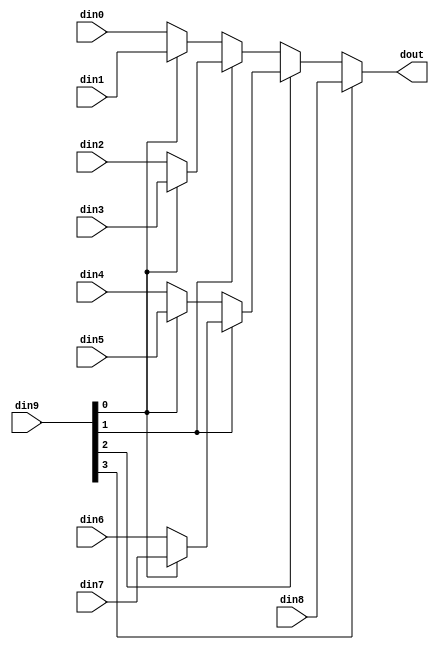
// ==============================================================
// Vivado(TM) HLS - High-Level Synthesis from C, C++ and SystemC v2020.1 (64-bit)
// Copyright 1986-2020 Xilinx, Inc. All Rights Reserved.
// ==============================================================

`timescale 1ns/1ps

module StreamingFCLayer_Batch_0_StreamingFCLayer_eOg #(
parameter
    ID                = 0,
    NUM_STAGE         = 1,
    din0_WIDTH       = 32,
    din1_WIDTH       = 32,
    din2_WIDTH       = 32,
    din3_WIDTH       = 32,
    din4_WIDTH       = 32,
    din5_WIDTH       = 32,
    din6_WIDTH       = 32,
    din7_WIDTH       = 32,
    din8_WIDTH       = 32,
    din9_WIDTH         = 32,
    dout_WIDTH            = 32
)(
    input  [7 : 0]     din0,
    input  [7 : 0]     din1,
    input  [7 : 0]     din2,
    input  [7 : 0]     din3,
    input  [7 : 0]     din4,
    input  [7 : 0]     din5,
    input  [7 : 0]     din6,
    input  [7 : 0]     din7,
    input  [7 : 0]     din8,
    input  [3 : 0]    din9,
    output [7 : 0]   dout);

// puts internal signals
wire [3 : 0]     sel;
// level 1 signals
wire [7 : 0]         mux_1_0;
wire [7 : 0]         mux_1_1;
wire [7 : 0]         mux_1_2;
wire [7 : 0]         mux_1_3;
wire [7 : 0]         mux_1_4;
// level 2 signals
wire [7 : 0]         mux_2_0;
wire [7 : 0]         mux_2_1;
wire [7 : 0]         mux_2_2;
// level 3 signals
wire [7 : 0]         mux_3_0;
wire [7 : 0]         mux_3_1;
// level 4 signals
wire [7 : 0]         mux_4_0;

assign sel = din9;

// Generate level 1 logic
assign mux_1_0 = (sel[0] == 0)? din0 : din1;
assign mux_1_1 = (sel[0] == 0)? din2 : din3;
assign mux_1_2 = (sel[0] == 0)? din4 : din5;
assign mux_1_3 = (sel[0] == 0)? din6 : din7;
assign mux_1_4 = din8;

// Generate level 2 logic
assign mux_2_0 = (sel[1] == 0)? mux_1_0 : mux_1_1;
assign mux_2_1 = (sel[1] == 0)? mux_1_2 : mux_1_3;
assign mux_2_2 = mux_1_4;

// Generate level 3 logic
assign mux_3_0 = (sel[2] == 0)? mux_2_0 : mux_2_1;
assign mux_3_1 = mux_2_2;

// Generate level 4 logic
assign mux_4_0 = (sel[3] == 0)? mux_3_0 : mux_3_1;

// output logic
assign dout = mux_4_0;

endmodule